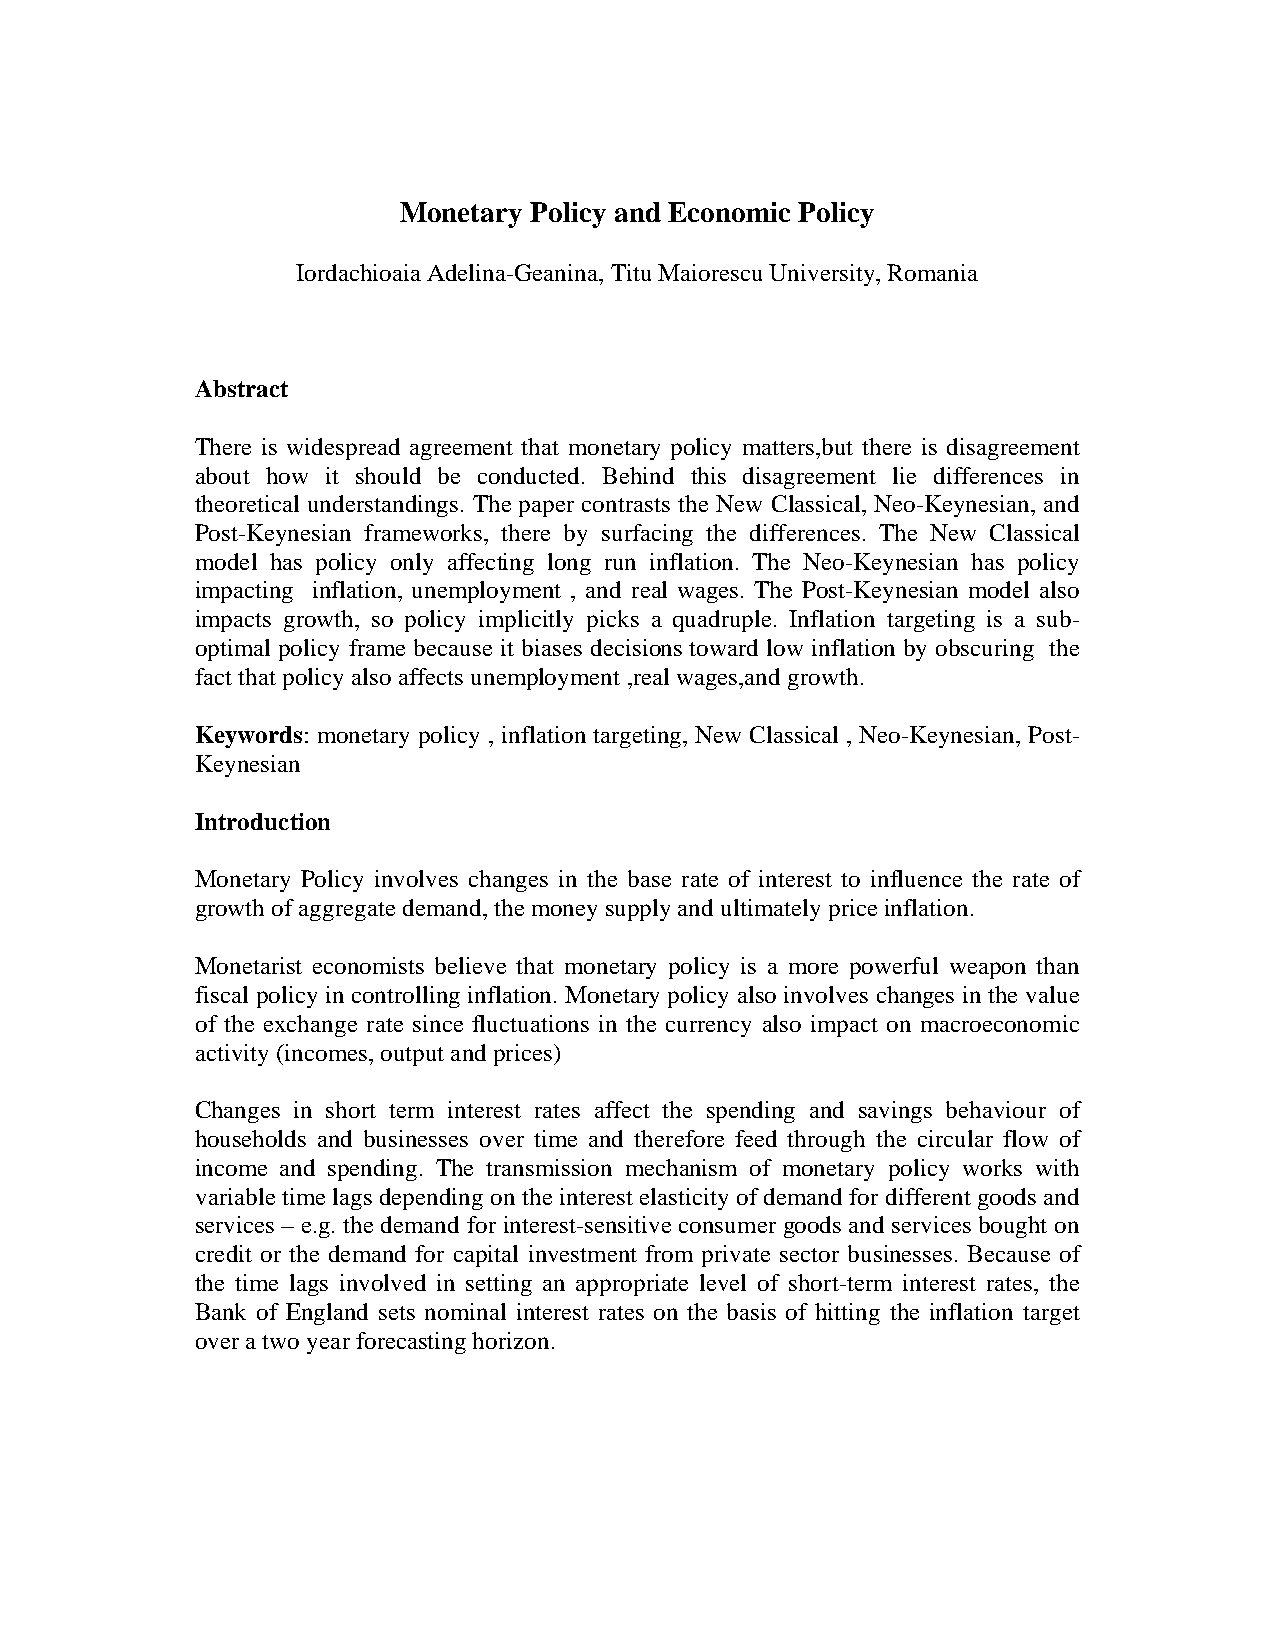
Monetary Policy and Economic Policy
 Iordachioaia Adelina-Geanina, Titu Maiorescu University, Romania
 Abstract
 There is widespread agreement that monetary policy matters,but there is disagreement
 about how it should be conducted. Behind this disagreement lie differences in
 theoretical understandings. The paper contrasts the New Classical, Neo-Keynesian, and
 Post-Keynesian frameworks, there by surfacing the differences. The New Classical
 model has policy only affecting long run inflation. The Neo-Keynesian has policy
 impacting inflation, unemployment , and real wages. The Post-Keynesian model also
 impacts growth, so policy implicitly picks a quadruple. Inflation targeting is a sub-
 optimal policy frame because it biases decisions toward low inflation by obscuring the
 fact that policy also affects unemployment ,real wages,and growth.
 Keywords: monetary policy , inflation targeting, New Classical , Neo-Keynesian, Post-
 Keynesian
 Introduction
 Monetary Policy involves changes in the base rate of interest to influence the rate of
 growth of aggregate demand, the money supply and ultimately price inflation.
 Monetarist economists believe that monetary policy is a more powerful weapon than
 fiscal policy in controlling inflation. Monetary policy also involves changes in the value
 of the exchange rate since fluctuations in the currency also impact on macroeconomic
 activity (incomes, output and prices)
 Changes in short term interest rates affect the spending and savings behaviour of
 households and businesses over time and therefore feed through the circular flow of
 income and spending. The transmission mechanism of monetary policy works with
 variable time lags depending on the interest elasticity of demand for different goods and
 services – e.g. the demand for interest-sensitive consumer goods and services bought on
 credit or the demand for capital investment from private sector businesses. Because of
 the time lags involved in setting an appropriate level of short-term interest rates, the
 Bank of England sets nominal interest rates on the basis of hitting the inflation target
 over a two year forecasting horizon.